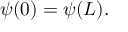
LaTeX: \psi ( 0 ) = \psi ( L ) .